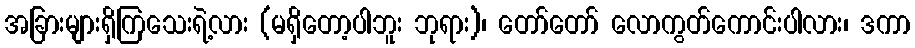
အခြားများရှိကြသေးရဲ့လား (မရှိတော့ပါဘူး ဘုရား)၊ တော်တော် လောကွတ်ကောင်းပါလား၊ ဒကာ